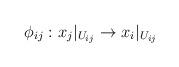
LaTeX: \begin{align*}\phi _{ij}:x_j|_{U_{ij}}\rightarrow x_i|_{U_{ij}}\end{align*}